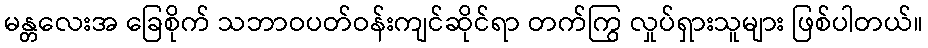
မန္တလေးအ ခြေစိုက် သဘာဝပတ်ဝန်းကျင်ဆိုင်ရာ တက်ကြွ လှုပ်ရှားသူများ ဖြစ်ပါတယ်။